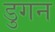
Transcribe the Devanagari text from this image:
डुगन